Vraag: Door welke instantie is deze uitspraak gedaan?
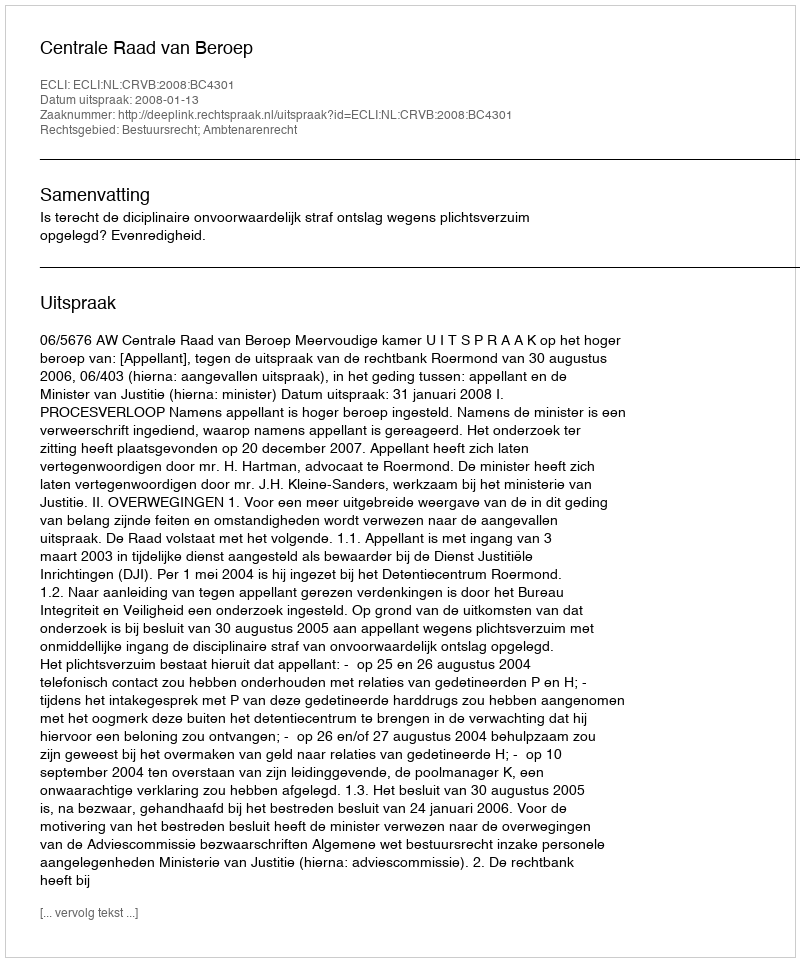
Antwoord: Centrale Raad van Beroep